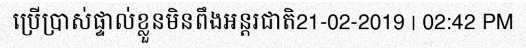
ប្រើប្រាស់ផ្ទាល់ខ្លួនមិនពឹងអន្តរជាតិ21-02-2019 | 02:42 PM